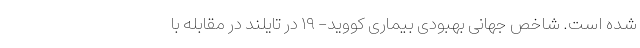
شده است. شاخص جهانی بهبودی بیماری کووید- ۱۹ در تایلند در مقابله با